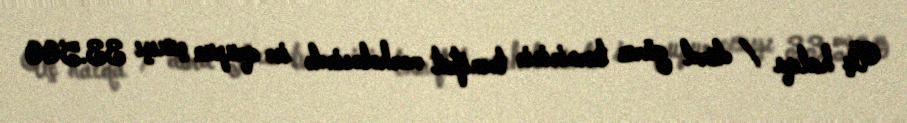
Üç halqa / dörd gürz turnirinin təsnifat mərhələsində isə qrupun çıxışı 33.500